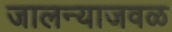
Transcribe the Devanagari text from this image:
जालन्याजवळ